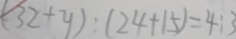
( 3 2 + y ) : ( 2 4 + 1 5 ) = 4 : 3